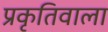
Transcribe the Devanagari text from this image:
प्रकृतिवाला